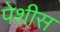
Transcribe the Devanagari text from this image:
पेशीस